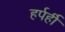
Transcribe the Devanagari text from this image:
हर्पर्ही